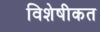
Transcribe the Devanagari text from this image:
विशेषीकत